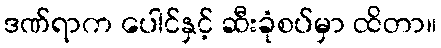
ဒဏ်ရာက ပေါင်နှင့် ဆီးခုံစပ်မှာ ထိတာ။